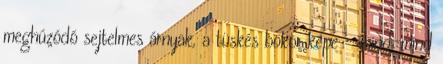
meghúzódó sejtelmes árnyak, a tüskés bokor képe - mind-mind